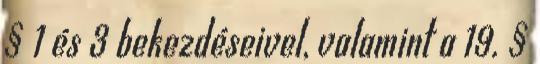
§ 1 és 3 bekezdéseivel, valamint a 19. §